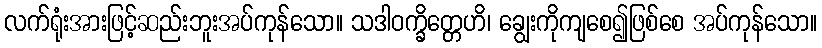
လက်ရုံးအားဖြင့်ဆည်းဘူးအပ်ကုန်သော။ သဒါဝက္ခိတ္တေဟိ၊ ချွေးကိုကျစေ၍ဖြစ်စေ အပ်ကုန်သော။